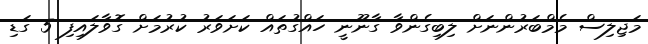
މަޖިލިސް މެމްބަރުންނަށް ލިބިގެންވާ ގާނޫނީ ހައްގުތައް ކަށަވަރު ކުރުމަށް ގޮވާލައިފި 5 ގަޑި